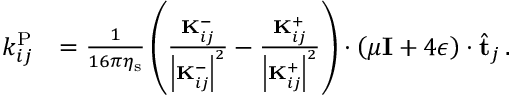
\begin{array} { r l } { k _ { i j } ^ { \mathrm { P } } } & { = \frac { 1 } { 1 6 \pi \eta _ { \mathrm { s } } } \left( \frac { \mathbf { K } _ { i j } ^ { - } } { \left| \mathbf { K } _ { i j } ^ { - } \right| ^ { 2 } } - \frac { \mathbf { K } _ { i j } ^ { + } } { \left| \mathbf { K } _ { i j } ^ { + } \right| ^ { 2 } } \right) \cdot \left( \mu \mathbf { I } + 4 \boldsymbol { \epsilon } \right) \cdot \hat { \mathbf { t } } _ { j } \, . } \end{array}